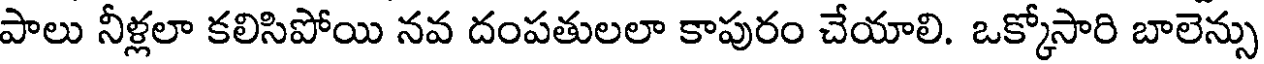
పాలు నీళ్లలా కలిసిపోయి నవ దంపతులలా కాపురం చేయాలి. ఒక్కోసారి బాలెన్సు